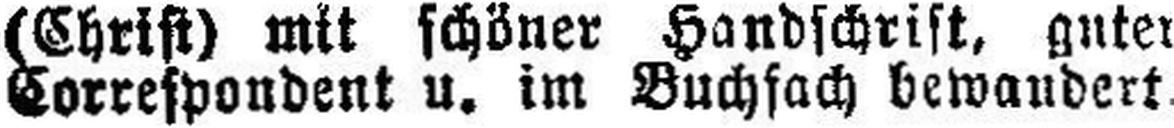
Correspondent u. im Buchfach bewandert.